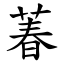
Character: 萶